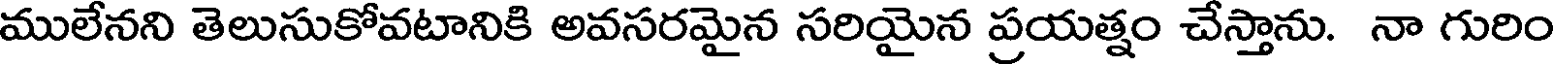
ములేనని తెలుసుకోవటానికి అవసరమైన సరియైన ప్రయత్నం చేస్తాను. నా గురిం